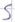
Text: S